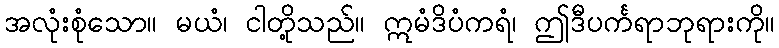
အလုံးစုံသော။ မယံ၊ ငါတို့သည်။ ဣမံဒိပံကရံ၊ ဤဒီပင်္ကရာဘုရားကို။